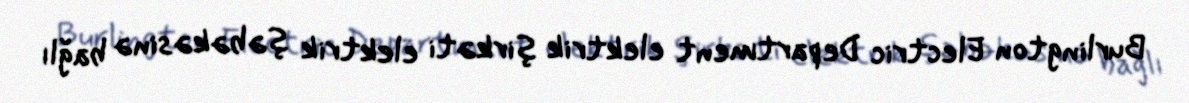
Burlington Electric Department elektrik şirkəti elektrik şəbəkəsinə bağlı